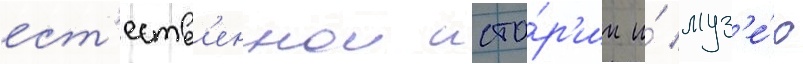
ест'еств'еннои исто́р'ии и́ муз'е́ю